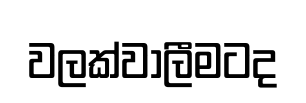
වලක්වාලීමටද